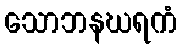
သောဘနဃရကံ